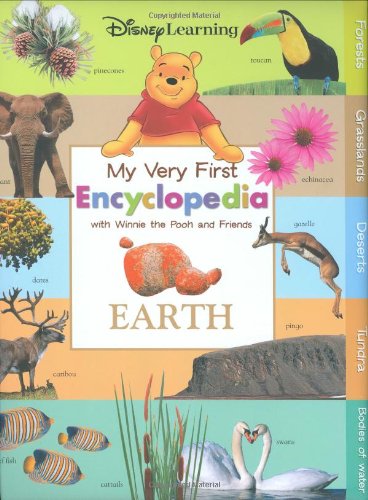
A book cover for My Very First Encyclopedia with Winnie the Pooh and Friends Earth; Disney Book Group; Reference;